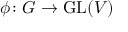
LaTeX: \phi \colon G \to \mathrm { G L } ( V )